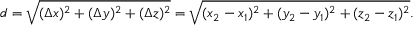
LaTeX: d = { \sqrt { ( \Delta x ) ^ { 2 } + ( \Delta y ) ^ { 2 } + ( \Delta z ) ^ { 2 } } } = { \sqrt { ( x _ { 2 } - x _ { 1 } ) ^ { 2 } + ( y _ { 2 } - y _ { 1 } ) ^ { 2 } + ( z _ { 2 } - z _ { 1 } ) ^ { 2 } } } .